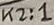
Text: K2:1